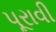
પૂરાવી